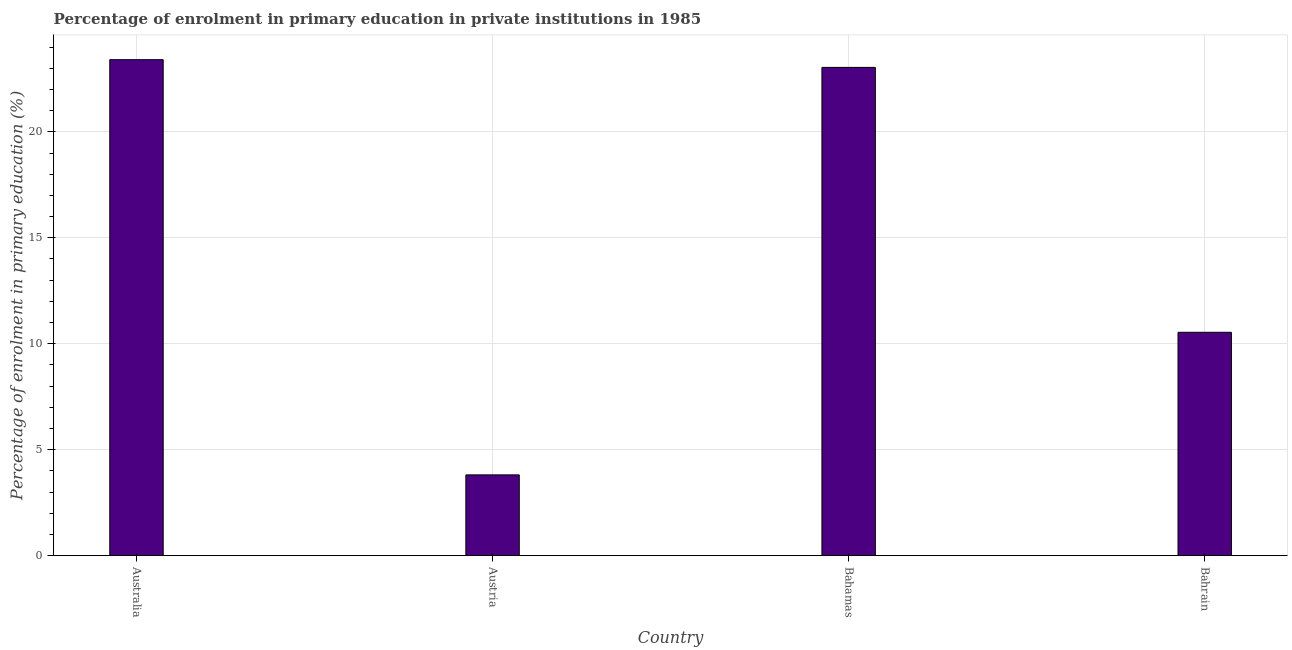
| Country | Enrolment  |
 | --- | --- |
 | Australia | 23.4 |
 | Austria | 3.81 |
 | Bahamas | 23 |
 | Bahrain | 10.5 |